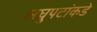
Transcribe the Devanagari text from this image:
लघुपटांकडे